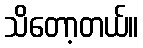
သိတော့တယ်။